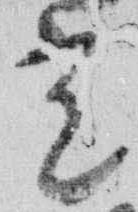
光